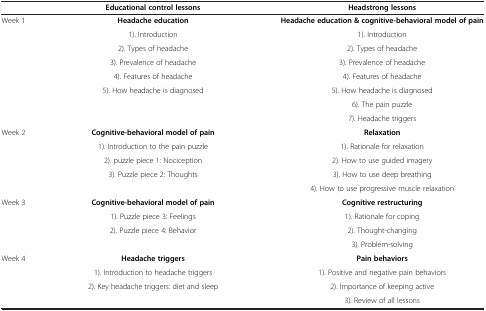
|  | Educational control lessons | Headstrong lessons |
 | --- | --- | --- |
 | Week 1 | Headache education | Headache education & cognitive-behavioral model of pain |
 |  | 1). Introduction | 1). Introduction |
 |  | 2). Types of headache | 2). Types of headache |
 |  | 3). Prevalence of headache | 3). Prevalence of headache |
 |  | 4). Features of headache | 4). Features of headache |
 |  | 5). How headache is diagnosed | 5). How headache is diagnosed |
 |  |  | 6). The pain puzzle |
 |  |  | 7). Headache triggers |
 | Week 2 | Cognitive-behavioral model of pain | Relaxation |
 |  | 1). Introduction to the pain puzzle | 1). Rationale for relaxation |
 |  | 2). puzzle piece 1: Nociception | 2). How to use guided imagery |
 |  | 3). Puzzle piece 2: Thoughts | 3). How to use deep breathing |
 |  |  | 4). How to use progressive muscle relaxation |
 | Week 3 | Cognitive-behavioral model of pain | Cognitive restructuring |
 |  | 1). Puzzle piece 3: Feelings | 1). Rationale for coping |
 |  | 2). Puzzle piece 4: Behavior | 2). Thought-changing |
 |  |  | 3). Problem-solving |
 | Week 4 | Headache triggers | Pain behaviors |
 |  | 1). Introduction to headache triggers | 1). Positive and negative pain behaviors |
 |  | 2). Key headache triggers: diet and sleep | 2). Importance of keeping active |
 |  |  | 3). Review of all lessons |